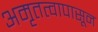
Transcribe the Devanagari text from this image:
अमृतत्वापासून